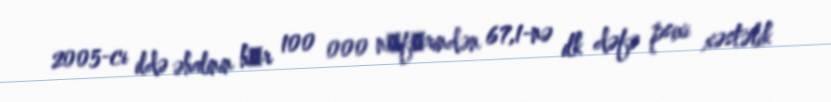
2005-ci ildə əhalinin hәr 100 000 nәfәrindən 67,1-nə ilk dəfə psixi xəstəlik